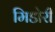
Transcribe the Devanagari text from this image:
मिडोरी